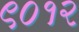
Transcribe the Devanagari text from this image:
९०१२